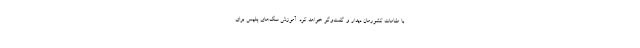
با مقامات کشورمان دیدار و گفت‌وگو خواهد کرد. آموزش سگ‌های پلیس برای